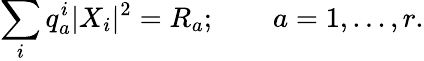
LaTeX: \sum_{i}q_{a}^{i}|X_{i}|^{2}=R_{a};\qquad a=1,...,r.